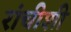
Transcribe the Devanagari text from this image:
रांचीशी